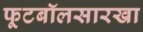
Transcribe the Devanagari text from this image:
फूटबॉलसारखा